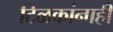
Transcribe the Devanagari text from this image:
टिळकांनाही